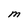
Character: M